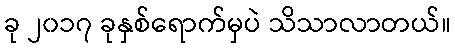
ခု ၂၀၁၇ ခုနှစ်ရောက်မှပဲ သိသာလာတယ်။